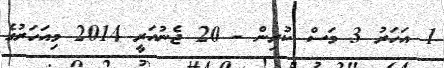
1 އަހަރު 3 މަސް ކުރިން - 20 ޖެނުއަރީ 2014 މިއަހަރުގެ